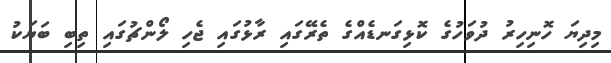
މިދިޔަ ހޮނިހިރު ދުވަހުގެ ކޮޅިގަނޑެއްގެ ތެރޭގައި ރާޅުގައި ޖެހި ލޯންޗުގައި ތިބި ބަޔަކު